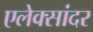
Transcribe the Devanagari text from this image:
एलेक्सांदर